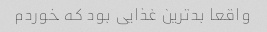
واقعا بدترین غذایی بود که خوردم